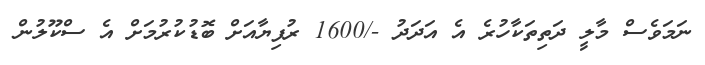
ނަމަވެސް މާލީ ދަތިތަކާހުރެ އެ އަދަދު -/1600 ރުފިޔާއަށް ބޮޑުކުރުމަށް އެ ސްކޫލުން